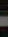
.